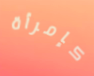
كإمرأة